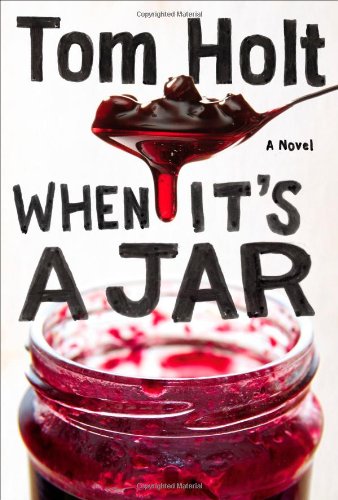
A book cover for When It's A Jar; Tom Holt; Science Fiction & Fantasy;